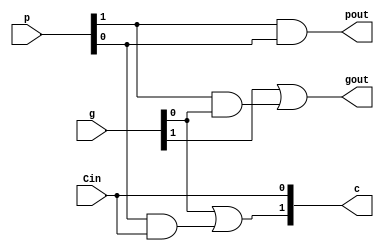
module lac(c, gout, pout, Cin, g, p);
  output [1:0] c;
  output gout;
  output pout;
  input Cin;
  input [1:0] g;
  input [1:0] p;
  assign c[0] = Cin;
  assign c[1] = g[0] | ( p[0] & Cin );
  assign gout = g[1] | ( p[1] & g[0] );
  assign pout = p[1] & p[0];
endmodule